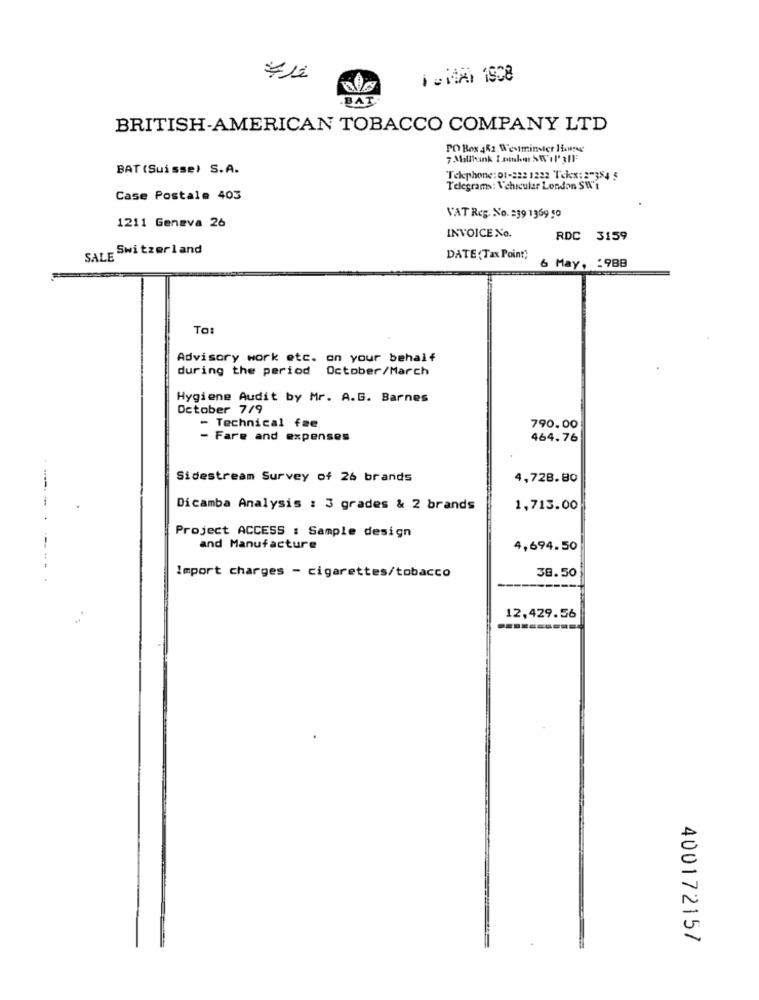
reidA 1908
.BAT.
BRITISH-AMERICAN TOBACCO COMPANY LTD
PO Box 482 Westminster Hawesg
7 Milllink I sonhos SW'il' 311:
BAT (Suisse) S.A.
Telephone: 01-222 1222 Tekx: 87384 5
Telegrams: Vehicular London SW'E
Case Postale 403
1211 Geneva 26
VAT Reg. No. 239 1369 50
INVOICE No.
RDC 3159
- Switzerland
SALE
DATE ( Tax Point)
6 May, : 988
TO
Advisory work etc. on your behalf
during the period October/March
Hygiene Audit by Mr. A.G. Barnes
October 7/9
- Technical fee
790.00
- Fare and expenses
464.76
Sidestream Survey of 26 brands
4,728.80
Dicamba Analysis : 3 grades & 2 brands
1,713.00
Project ACCESS : Sample design
and Manufacture
4,694.50
Import charges - cigarettes/tobacco
38.50
12,429.56
400172157